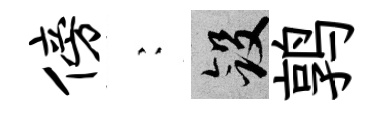
傍巍斂鹑